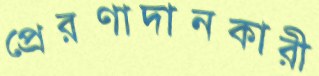
প্রেরণাদানকারী